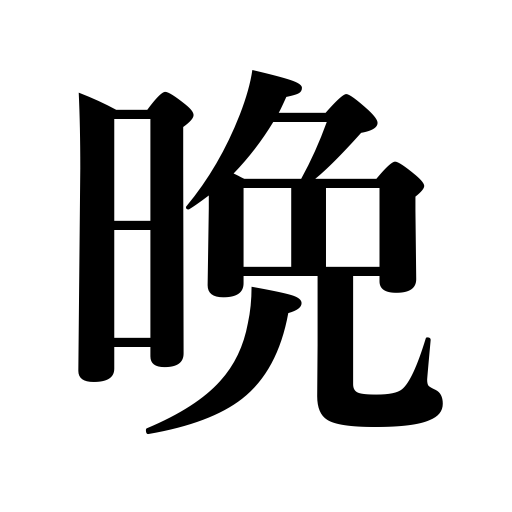
Meanings: late,the end of all things,night,evening